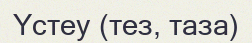
Үстеу (тез, таза)